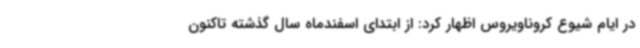
در ایام شیوع کروناویروس اظهار کرد: از ابتدای اسفندماه سال گذشته تاکنون